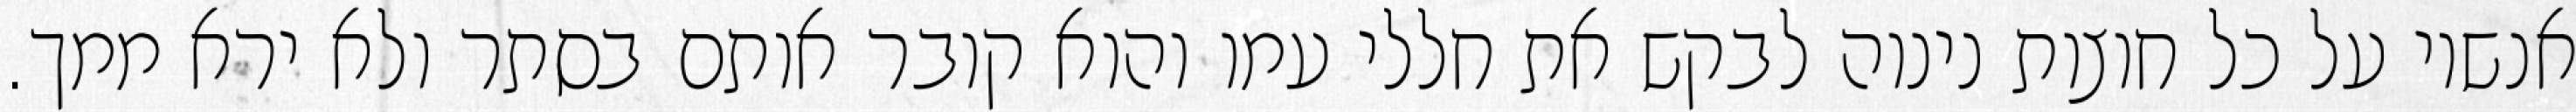
אנשיו על כל חוצות נינוה לבקש את חללי עמו והוא קובר אותם בסתר ולא ירא ממך.